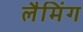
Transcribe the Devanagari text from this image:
लैमिंग